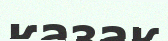
казақ